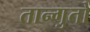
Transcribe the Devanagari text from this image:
तान्गुतों